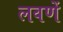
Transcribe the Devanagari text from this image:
लवणें